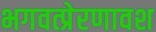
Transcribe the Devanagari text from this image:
भगवत्प्रेरणावश